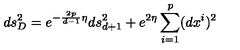
d s _ { D } ^ { 2 } = e ^ { - \frac { 2 p } { d - 1 } \eta } d s _ { d + 1 } ^ { 2 } + e ^ { 2 \eta } \sum _ { i = 1 } ^ { p } ( d x ^ { i } ) ^ { 2 }